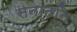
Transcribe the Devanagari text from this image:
सनातनि